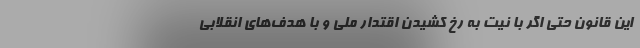
این قانون حتی اگر با نیت به رخ‌ کشیدن اقتدار ملی و با هدف‌های انقلابی